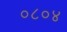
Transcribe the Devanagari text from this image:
०८०४